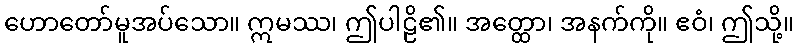
ဟောတော်မူအပ်သော။ ဣမဿ၊ ဤပါဠိ၏။ အတ္ထော၊ အနက်ကို။ ဧဝံ၊ ဤသို့။